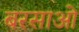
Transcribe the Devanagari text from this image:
बरसाओ